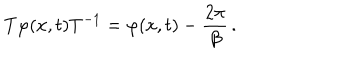
LaTeX: T \varphi ( x , t ) T ^ { - 1 } = \varphi ( x , t ) - \frac { 2 \pi } { \beta } \, .